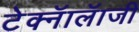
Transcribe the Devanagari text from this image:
टेक्नॅालॅाजी